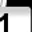
Digit: 1